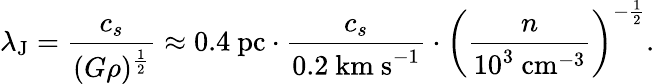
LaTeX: \lambda_{\mathrm{J}}={\frac{c_{s}}{(G\rho)^{\frac{1}{2}}}}\approx 0.4{\mathrm{~pc}}\cdot{\frac{c_{s}}{0.2{\mathrm{~km~s}}^{-1}}}\cdot\left({\frac{n}{10^{3}{\mathrm{~cm}}^{-3}}}\right)^{-{\frac{1}{2}}}.